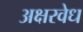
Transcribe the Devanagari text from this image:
अक्षरवेध